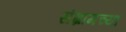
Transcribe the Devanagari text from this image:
संग्रामच्या